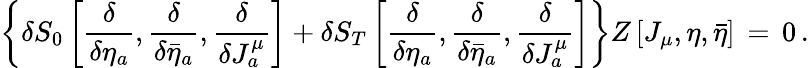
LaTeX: \left\{ \delta S_{0}\left[{\frac{\delta}{\delta\eta_{a}}},{\frac{\delta}{\delta\bar{\eta}_{a}}},{\frac{\delta}{\delta J_{a}^{\mu}}}\right]+\delta S_{T}\left[{\frac{\delta}{\delta\eta_{a}}},{\frac{\delta}{\delta\bar{\eta}_{a}}},{\frac{\delta}{\delta J_{a}^{\mu}}}\right]\right\} Z\left[J_{\mu},\eta,\bar{\eta}\right]\, =\, 0\, .